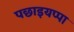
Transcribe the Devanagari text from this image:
पछाइयप्पा